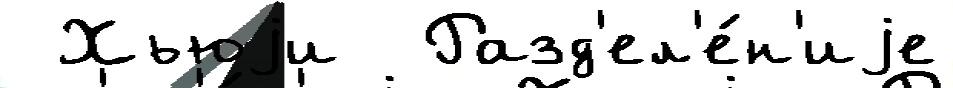
 Хьюjи  Разд'ел'е́н'иjе